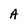
Character: A